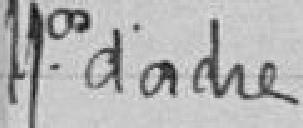
Numéros d'ordre